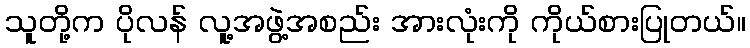
သူတို့က ပိုလန် လူ့အဖွဲ့အစည်း အားလုံးကို ကိုယ်စားပြုတယ်။